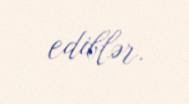
ediblər.